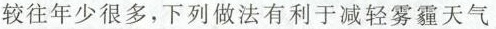
较往年少很多，下列做法有利于减轻雾霾天气